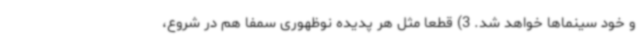
و خود سینماها خواهد شد. 3) قطعا مثل هر پدیده نوظهوری سمفا هم در شروع،